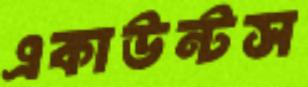
একাউন্টস